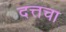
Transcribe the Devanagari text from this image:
दत्तचा